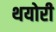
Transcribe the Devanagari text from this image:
थयोरी